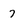
Character: 7